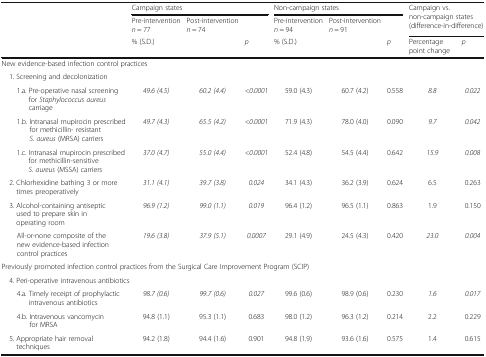
<table><thead><tr><td></td><td colspan="3"><b>Campaign states</b></td><td colspan="3"><b>Non-campaign states</b></td><td rowspan="2" colspan="2"><b>Campaign vs. non-campaign states (difference-in-difference)</b></td></tr><tr><td></td><td><b>Pre-intervention<i>n</i> = 77</b></td><td><b>Post-intervention<i>n</i> = 74</b></td><td></td><td><b>Pre-intervention<i>n</i> = 94</b></td><td><b>Post-intervention<i>n</i> = 91</b></td><td></td></tr><tr><td></td><td colspan="2"><b>% (S.D.)</b></td><td><b><i>p</i></b></td><td colspan="2"><b>% (S.D.)</b></td><td><b><i>p</i></b></td><td><b>Percentage point change</b></td><td><b><i>p</i></b></td></tr></thead><tbody><tr><td colspan="9">New evidence-based infection control practices</td></tr><tr><td colspan="9"> 1. Screening and decolonization</td></tr><tr><td>1.a. Pre-operative nasal screening for <i>Staphylococcus aureus</i> carriage</td><td><i>49.6 (4.5)</i></td><td><i>60.2 (4.4)</i></td><td><i>&lt;0.0001</i></td><td>59.0 (4.3)</td><td>60.7 (4.2)</td><td>0.558</td><td><i>8.8</i></td><td><i>0.022</i></td></tr><tr><td>1.b. Intranasal mupirocin prescribed for methicillin- resistant <i>S. aureus</i> (MRSA) carriers</td><td><i>49.7 (4.3)</i></td><td><i>65.5 (4.2)</i></td><td><i>&lt;0.0001</i></td><td>71.9 (4.3)</td><td>78.0 (4.0)</td><td>0.090</td><td><i>9.7</i></td><td><i>0.042</i></td></tr><tr><td>1.c. Intranasal mupirocin prescribed for methicillin-sensitive <i>S. aureus</i> (MSSA) carriers</td><td><i>37.0 (4.7)</i></td><td><i>55.0 (4.4)</i></td><td><i>&lt;0.0001</i></td><td>52.4 (4.8)</td><td>54.5 (4.4)</td><td>0.642</td><td><i>15.9</i></td><td><i>0.008</i></td></tr><tr><td> 2. Chlorhexidine bathing 3 or more times preoperatively</td><td><i>31.1 (4.1)</i></td><td><i>39.7 (3.8)</i></td><td><i>0.024</i></td><td>34.1 (4.3)</td><td>36.2 (3.9)</td><td>0.624</td><td>6.5</td><td>0.263</td></tr><tr><td> 3. Alcohol-containing antiseptic used to prepare skin in operating room</td><td><i>96.9 (1.2)</i></td><td><i>99.0 (1.1)</i></td><td><i>0.019</i></td><td>96.4 (1.2)</td><td>96.5 (1.1)</td><td>0.863</td><td>1.9</td><td>0.150</td></tr><tr><td>All-or-none composite of the new evidence-based infection control practices</td><td><i>19.6 (3.8)</i></td><td><i>37.9 (5.1)</i></td><td><i>0.0007</i></td><td>29.1 (4.9)</td><td>24.5 (4.3)</td><td>0.420</td><td><i>23.0</i></td><td><i>0.004</i></td></tr><tr><td colspan="9">Previously promoted infection control practices from the Surgical Care Improvement Program (SCIP)</td></tr><tr><td colspan="9"> 4. Peri-operative intravenous antibiotics</td></tr><tr><td>4.a. Timely receipt of prophylactic intravenous antibiotics</td><td><i>98.7 (0.6)</i></td><td><i>99.7 (0.6)</i></td><td><i>0.027</i></td><td>99.6 (0.6)</td><td>98.9 (0.6)</td><td>0.230</td><td><i>1.6</i></td><td><i>0.017</i></td></tr><tr><td>4.b. Intravenous vancomycin for MRSA</td><td>94.8 (1.1)</td><td>95.3 (1.1)</td><td>0.683</td><td>98.0 (1.2)</td><td>96.3 (1.2)</td><td>0.214</td><td>2.2</td><td>0.229</td></tr><tr><td> 5. Appropriate hair removal techniques</td><td>94.2 (1.8)</td><td>94.4 (1.6)</td><td>0.901</td><td>94.8 (1.9)</td><td>93.6 (1.6)</td><td>0.575</td><td>1.4</td><td>0.615</td></tr></tbody></table>